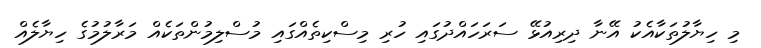
މި ހިޔާލުތަކާއެކު އޭނާ ދިރިއުޅޭ ސަރަހައްދުގައި ހުރި މިސްކިތެއްގައި މުސްލިމުންތަކެއް މަރާލުމުގެ ހިޔާލެއް